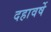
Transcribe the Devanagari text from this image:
दहावर्षे